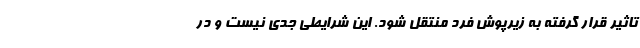
تاثیر قرار گرفته به زیرپوش فرد منتقل شود. این شرایطی جدی نیست و در